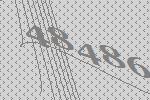
48486